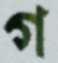
গ